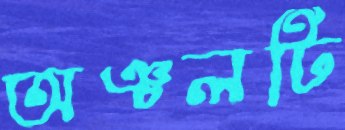
অঞ্চলটি